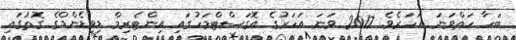
ބަހާ ހަތްވަނަ އަހަރެވެ. 2017 ވަނަ އަހަރުގެ އޮގަސްޓްމަހުގައި އިންޓެރިމް ޑިވިޑެންޑްގެ ގޮތުގައި